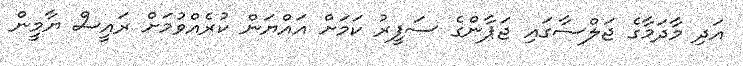
އަދި މާދަމާގެ ޖަލްސާގައި ޖަޕާންގެ ސަފީރު ކަމަށް އައްޔަން ކުރެއްވުމަށް ރައީސް ޔާމީިން